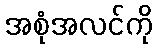
အစုံအလင်ကို